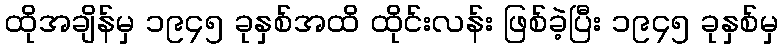
ထိုအချိန်မှ ၁၉၄၅ ခုနှစ်အထိ ထိုင်းလန်း ဖြစ်ခဲ့ပြီး ၁၉၄၅ ခုနှစ်မှ